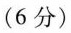
(6分)